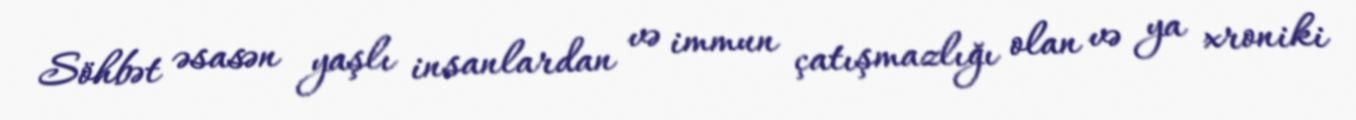
Söhbət əsasən yaşlı insanlardan və immun çatışmazlığı olan və ya xroniki